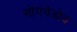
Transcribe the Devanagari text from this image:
सोंगथेओव